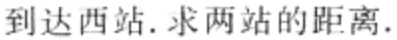
到达西站. 求两站的距离.